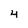
Character: 4